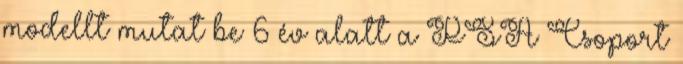
modellt mutat be 6 év alatt a PSA Csoport